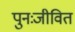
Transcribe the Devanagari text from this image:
पुनःजीवित